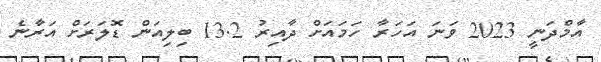
އާމްދަނީ 2023 ވަނަ އަހަރާ ހަމައަށް ދާއިރު 13.2 ބިލިއަން ޑޮލަރަށް އަރާނެ